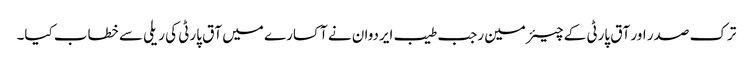
ترک صدر اور آق پارٹی کے چیئرمین رجب طیب ایردوان نے آکسارے میں آق پارٹی کی ریلی سے خطاب کیا۔